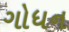
ગોધન